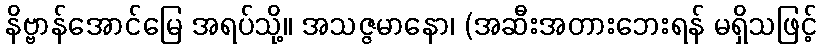
နိဗ္ဗာန်အောင်မြေ အရပ်သို့။ အသဇ္ဇမာနော၊ (အဆီးအတားဘေးရန် မရှိသဖြင့်